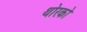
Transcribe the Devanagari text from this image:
थोरको